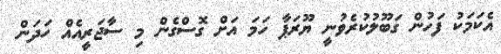
އެކަމަކު ފަހުން ގަބޫލުކުރެވުނީ ޔޫރަޕާ ހަމަ އަށް ގޮސްގެން މި ސާޖަރީއެއް ހަދަން